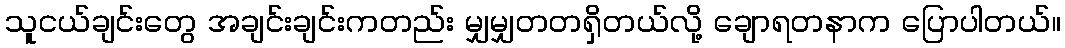
သူငယ်ချင်းတွေ အချင်းချင်းကတည်း မျှမျှတတရှိတယ်လို့ ချောရတနာက ပြောပါတယ်။